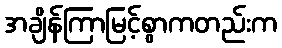
အချိန်ကြာမြင့်စွာကတည်းက